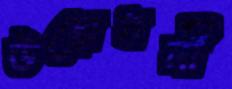
উদ্বোধনী